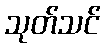
သုတ်သင်